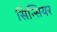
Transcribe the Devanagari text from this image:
सिन्सियर